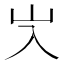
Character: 㞥